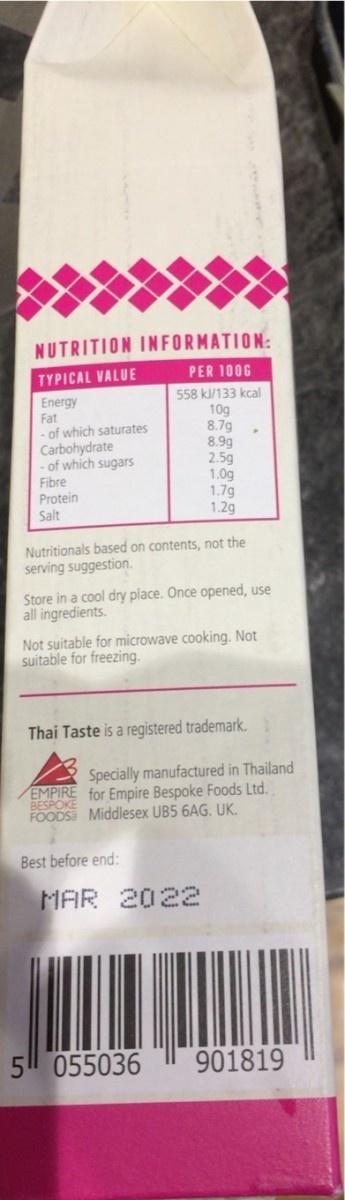
NUTRITION INFORMATION:
TYPICAL VALUE
PER 100G
Energy Fat - of which saturates Carbohydrate of which sugars Fibre Protein Salt
558 k/133 kcal 10g 8.79 8.9g 2.5g 1.0g 1.7g 1.2g
Nutritionals based on contents, not the serving suggestion.
Store in a cool dry place. Once opened, use all ingredients.
Not suitable for microwave cooking. Not suitable for freezing.
Thai Taste is a registered trademark.
Specially manufactured in Thailand EMPIRE for Empire Bespoke Foods Ltd. FOODS Middlesex UB5 6AG. UK.
Best before end:
MAR
2022
5 055036
901819